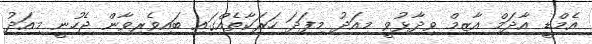
އެމްޑީ އާދަމް އާޒިމް ވިދާޅުވީ މިއަދު މިފަދަ ހަރަކާތެއްގައި ބައިވެރިވާން ޖެހުނީ މިއަދު